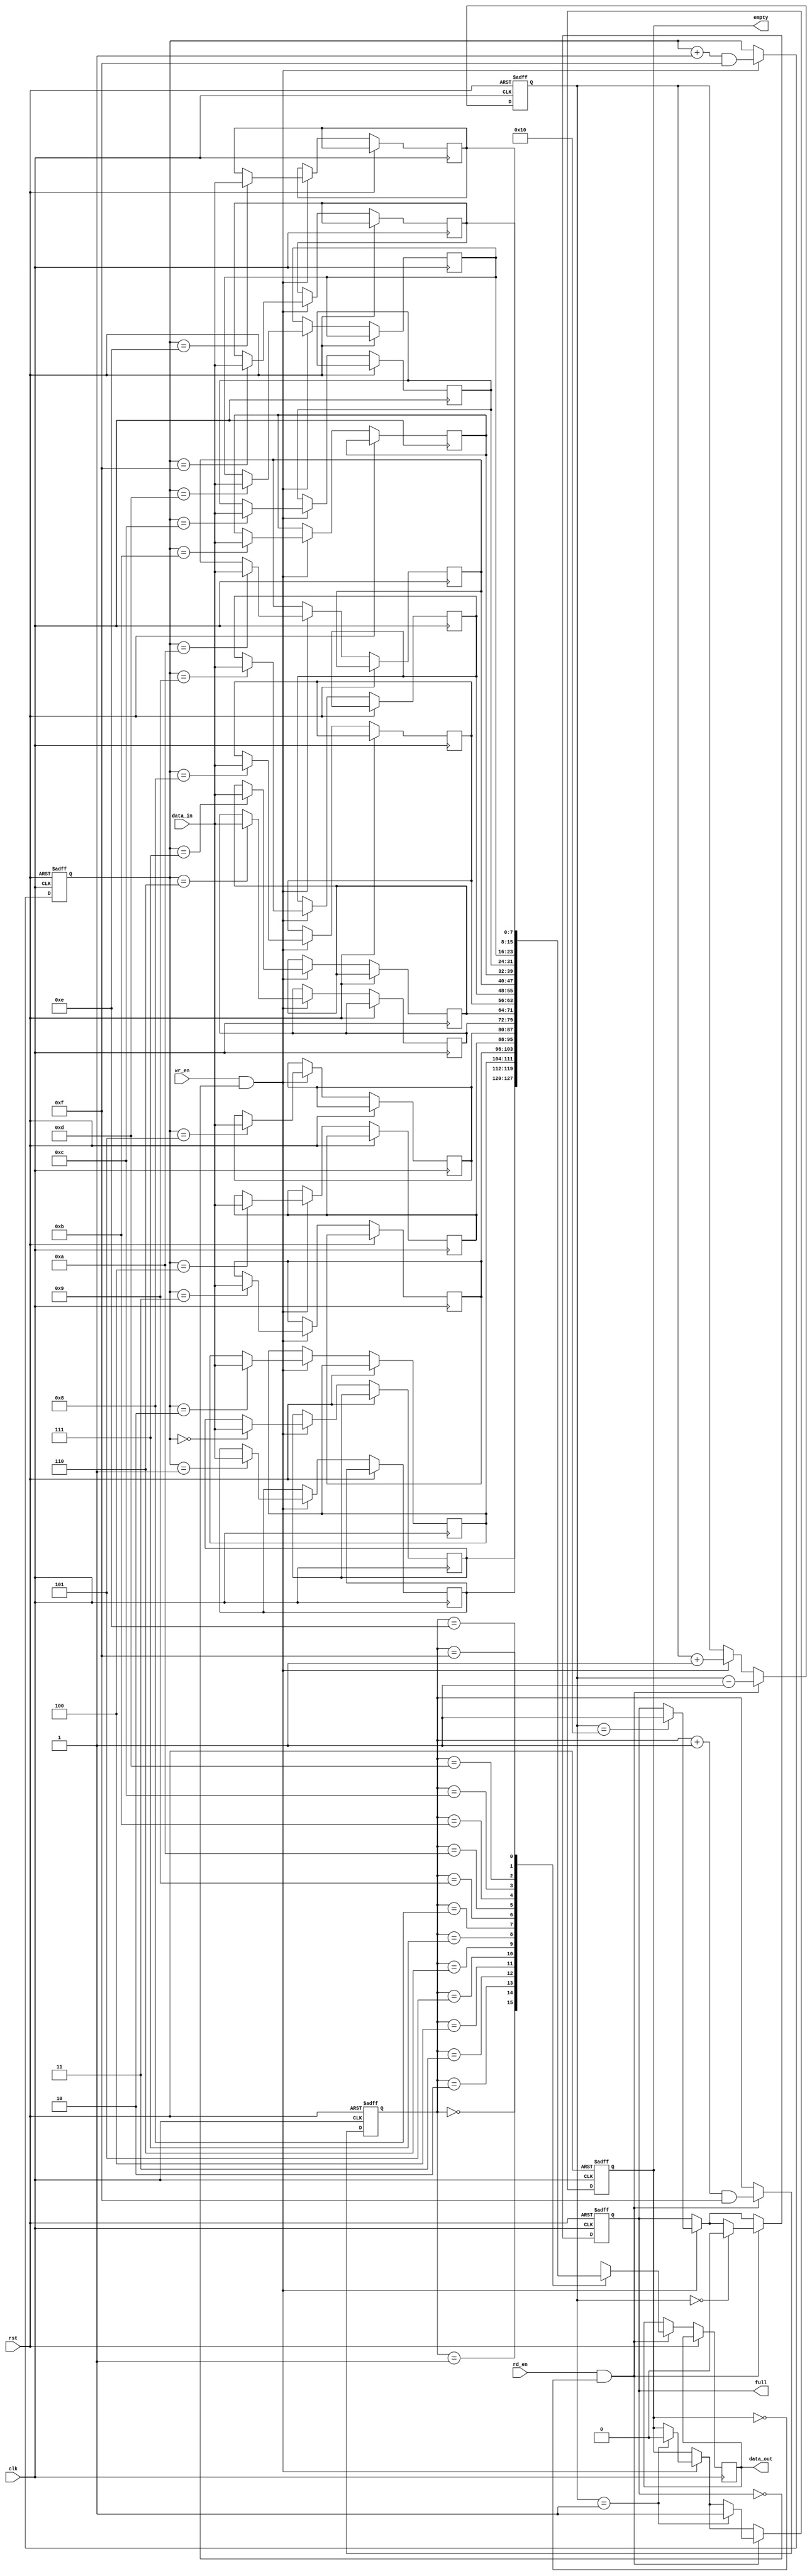
module async_fifo #(parameter DATA_WIDTH = 8, DEPTH = 16)(
    input wire clk,
    input wire rst,
    input wire wr_en,
    input wire rd_en,
    input wire [DATA_WIDTH-1:0] data_in,
    output reg [DATA_WIDTH-1:0] data_out,
    output reg full,
    output reg empty);

//parameter DATA_WIDTH = 8; // Width of the data bus
//parameter DEPTH = 16; // Depth of the FIFO

reg [DATA_WIDTH-1:0] memory [0:DEPTH-1];
reg [$clog2(DEPTH)-1:0] wr_ptr, rd_ptr; // Use $clog2 to determine width
reg [$clog2(DEPTH+1)-1:0] count; // Count needs to hold values up to DEPTH

always @(posedge clk or posedge rst)
begin
    if (rst)
    begin
        wr_ptr <= 0;
        rd_ptr <= 0;
        count <= 0;
        full <= 0;
        empty <= 1;
    end
    else
    begin
        if (wr_en && !full)
        begin
            memory[wr_ptr] <= data_in;
            wr_ptr <= (wr_ptr + 1) & (DEPTH-1);
            count <= count + 1;
            if (count == DEPTH)
                full <= 1;
            if (count == 1)
                empty <= 0;
        end
        if (rd_en && !empty)
        begin
            data_out <= memory[rd_ptr];
            rd_ptr <= (rd_ptr + 1) & (DEPTH-1);
            count <= count - 1;
            if (count == 1)
                empty <= 1;
            if (count == 0)
                full <= 0;
        end
    end
end

endmodule